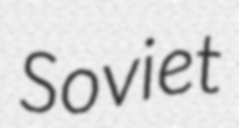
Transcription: Soviet